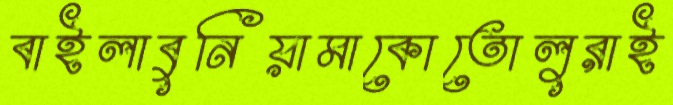
বাইলাবুনিয়ামাকোতোলুরাই